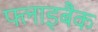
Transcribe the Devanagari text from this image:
फ्लाइबैक